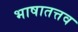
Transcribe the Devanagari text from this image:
भाषातत्तव